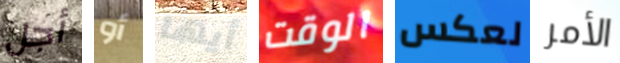
أجل أو أيها الوقت لعكس الأمر